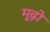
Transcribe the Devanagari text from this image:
मूढ़ों